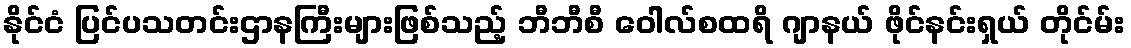
နိုင်ငံ ပြင်ပသတင်းဌာနကြီးများဖြစ်သည့် ဘီဘီစီ ဝေါလ်စထရိ ဂျာနယ် ဖိုင်နင်းရှယ် တိုင်မ်း